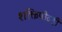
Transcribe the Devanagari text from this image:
शक्तिपीठही